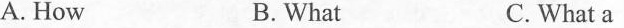
A. How B.What C. What a